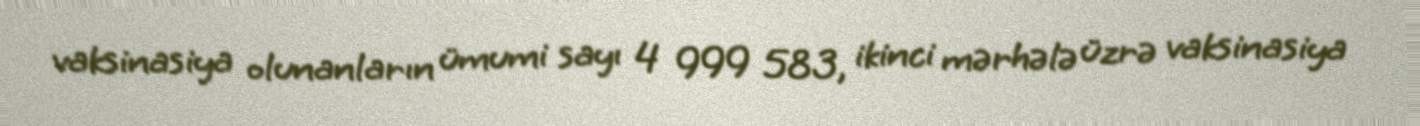
vaksinasiya olunanların ümumi sayı 4 999 583, ikinci mərhələ üzrə vaksinasiya